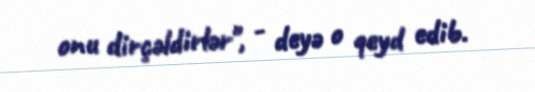
onu dirçəldirlər", - deyə o qeyd edib.